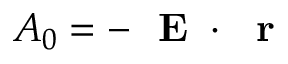
A _ { 0 } = - \mathrm { ~ \bf ~ E ~ } \cdot \mathrm { ~ \bf ~ r ~ }